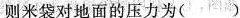
则米袋对地面的压力为 ( )